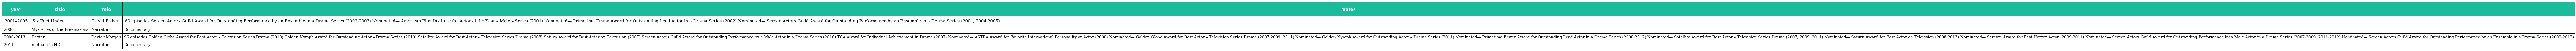
| year | title | role | notes |
 | --- | --- | --- | --- |
 | 2001–2005 | Six Feet Under | David Fisher | 63 episodes Screen Actors Guild Award for Outstanding Performance by an Ensemble in a Drama Series (2002-2003) Nominated— American Film Institute for Actor of the Year – Male – Series (2001) Nominated— Primetime Emmy Award for Outstanding Lead Actor in a Drama Series (2002) Nominated— Screen Actors Guild Award for Outstanding Performance by an Ensemble in a Drama Series (2001, 2004-2005) |
 | 2006 | Mysteries of the Freemasons | Narrator | Documentary |
 | 2006–2013 | Dexter | Dexter Morgan | 96 episodes Golden Globe Award for Best Actor – Television Series Drama (2010) Golden Nymph Award for Outstanding Actor – Drama Series (2010) Satellite Award for Best Actor – Television Series Drama (2008) Saturn Award for Best Actor on Television (2007) Screen Actors Guild Award for Outstanding Performance by a Male Actor in a Drama Series (2010) TCA Award for Individual Achievement in Drama (2007) Nominated— ASTRA Award for Favorite International Personality or Actor (2008) Nominated— Golden Globe Award for Best Actor – Television Series Drama (2007-2009, 2011) Nominated— Golden Nymph Award for Outstanding Actor – Drama Series (2011) Nominated— Primetime Emmy Award for Outstanding Lead Actor in a Drama Series (2008-2012) Nominated— Satellite Award for Best Actor – Television Series Drama (2007, 2009, 2011) Nominated— Saturn Award for Best Actor on Television (2008-2013) Nominated— Scream Award for Best Horror Actor (2009-2011) Nominated— Screen Actors Guild Award for Outstanding Performance by a Male Actor in a Drama Series (2007-2009, 2011-2012) Nominated— Screen Actors Guild Award for Outstanding Performance by an Ensemble in a Drama Series (2009-2012) |
 | 2011 | Vietnam in HD | Narrator | Documentary |